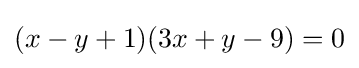
(x-y+1)(3x+y-9)=0